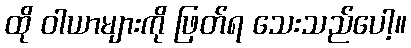
ထို ဝါယာများကို ဖြတ်ရ သေးသည်ပေါ့။